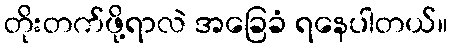
တိုးတက်ဖို့ရာလဲ အခြေခံ ရနေပါတယ်။